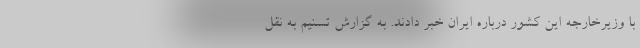
با وزیرخارجه این کشور درباره ایران خبر دادند. به گزارش تسنیم به نقل